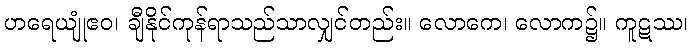
ဟရေယျုံဧဝ၊ ချီနိုင်ကုန်ရာသည်သာလျှင်တည်း။ လောကေ၊ လောက၌။ ကူဋဿ၊